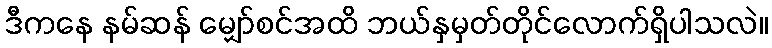
ဒီကနေ နမ်ဆန် မျှော်စင်အထိ ဘယ်နှမှတ်တိုင်လောက်ရှိပါသလဲ။